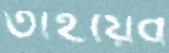
তাইয়েব